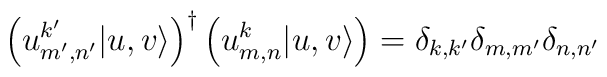
\left(u^{k'}_{m',n'}|u,v\rangle\right)^\dagger  \left(u^k_{m,n}|u,v\rangle\right) = \delta_{k,k'}\delta_{m,m'}\delta_{n,n'}